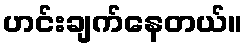
ဟင်းချက်နေတယ်။